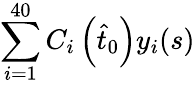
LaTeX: \sum_{i=1}^{40}C_{i}\left(\hat{t}_{0}\right)y_{i}(s)